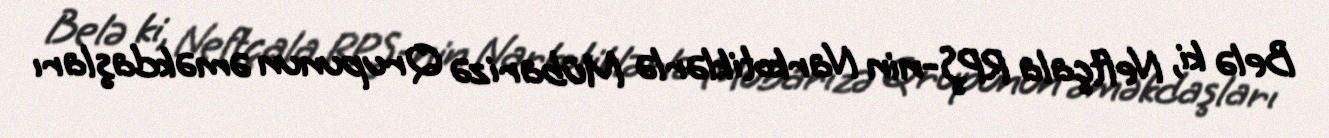
Belə ki, Neftçala RPŞ-nin Narkotiklərlə Mübarizə Qrupunun əməkdaşları